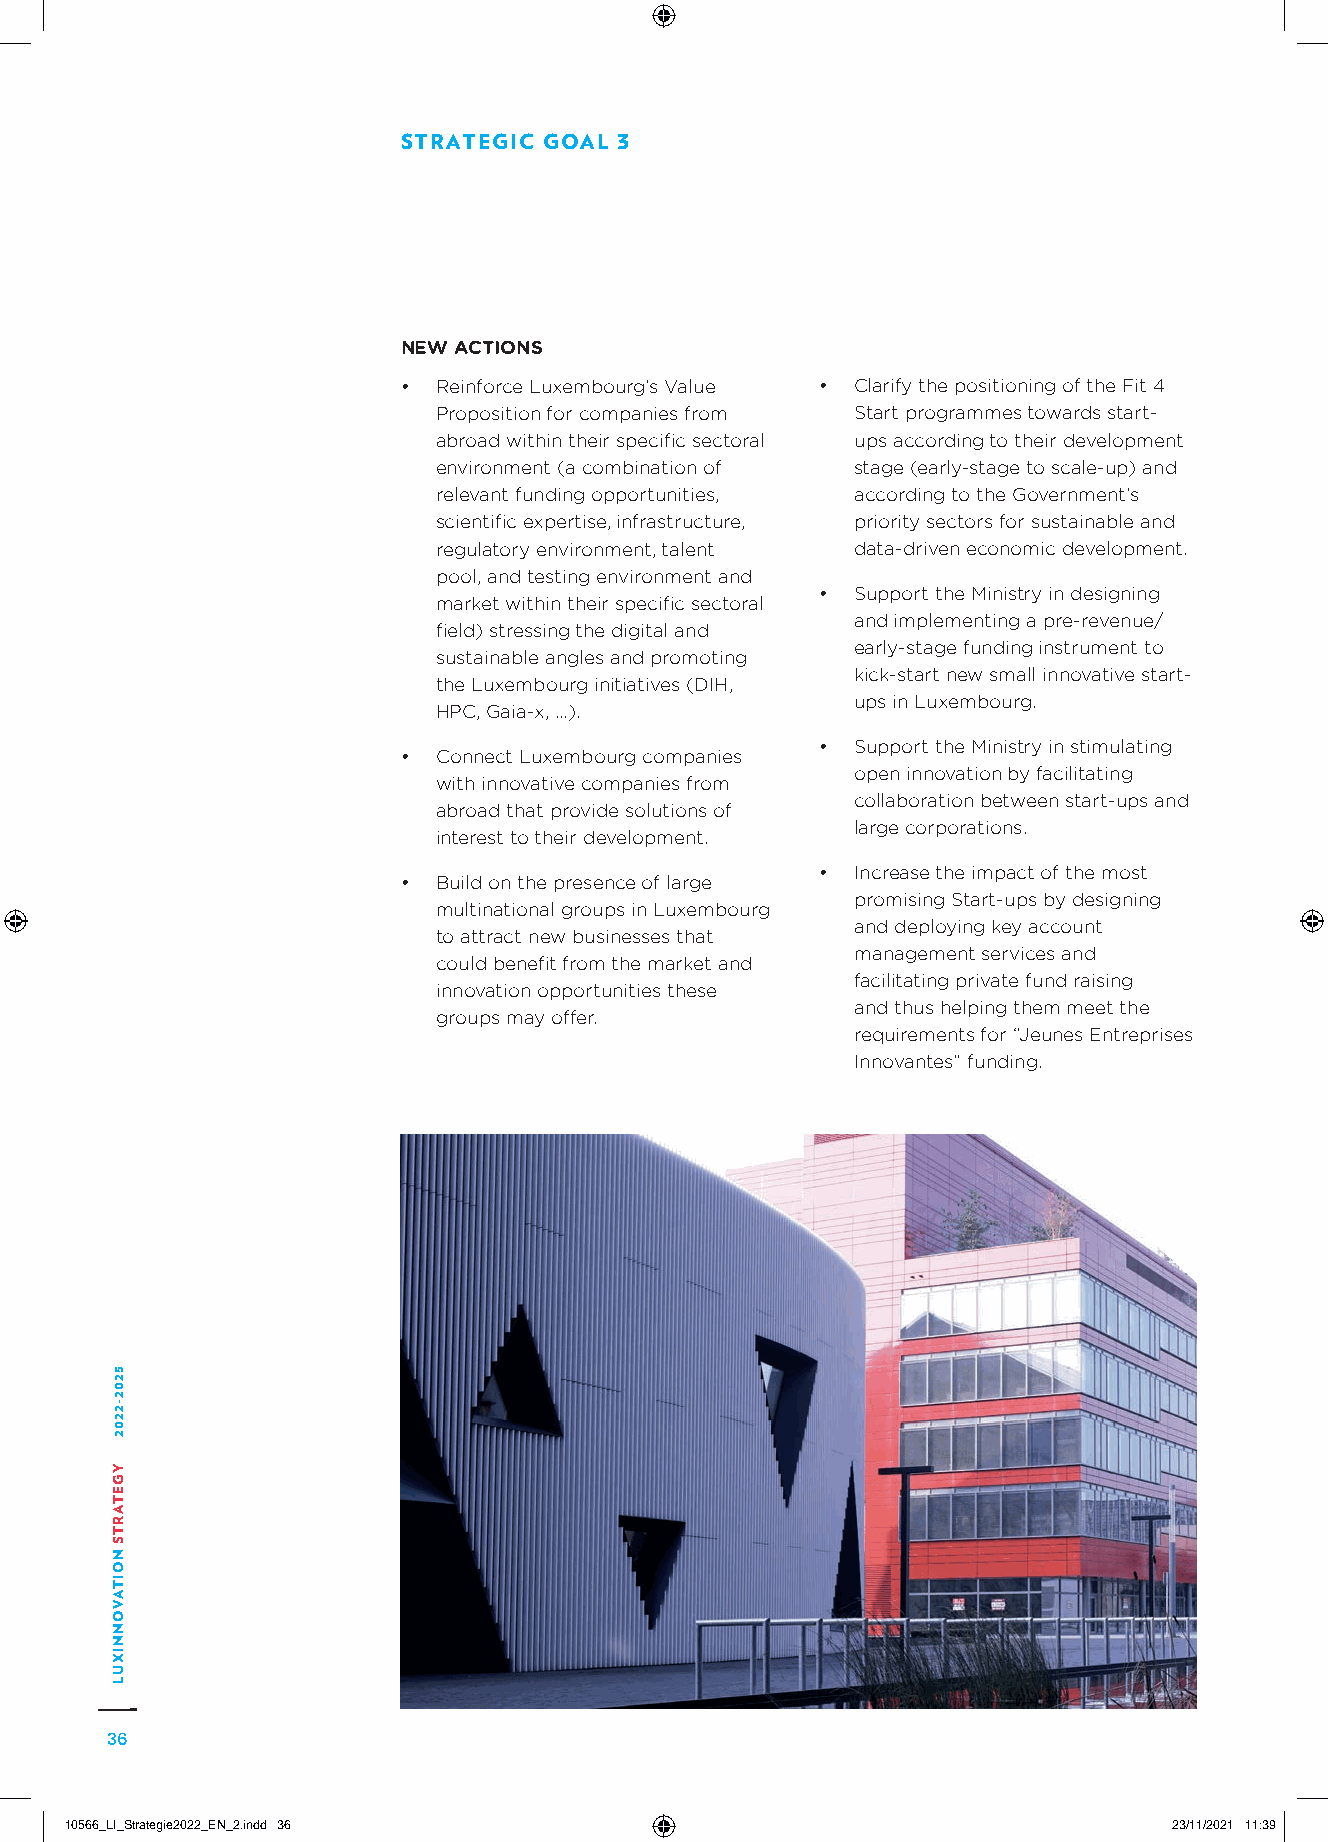
STRATEGIC GOAL 3
 NEW ACTIONS
 • Reinforce Luxembourg’s Value • Clarify the positioning of the Fit 4
 Proposition for companies from Start programmes towards start-
 abroad within their specific sectoral ups according to their development
 environment (a combination of stage (early-stage to scale-up) and
 relevant funding opportunities, according to the Government’s
 scientific expertise, infrastructure, priority sectors for sustainable and
 regulatory environment, talent data-driven economic development.
 pool, and testing environment and
 •  Support the Ministry in designing
 market within their specific sectoral
 and implementing a pre-revenue/
 field) stressing the digital and
 early-stage funding instrument to
 sustainable angles and promoting
 kick-start new small innovative start-
 the Luxembourg initiatives (DIH,
 ups in Luxembourg.
 HPC, Gaia-x, …).
 •  Support the Ministry in stimulating
 • Connect Luxembourg companies
 open innovation by facilitating
 with innovative companies from
 collaboration between start-ups and
 abroad that provide solutions of
 large corporations.
 interest to their development.
 •  Increase the impact of the most
 • Build on the presence of large
 promising Start-ups by designing
 multinational groups in Luxembourg
 and deploying key account
 to attract new businesses that
 management services and
 could benefit from the market and
 facilitating private fund raising
 innovation opportunities these
 and thus helping them meet the
 groups may offer.
 requirements for “Jeunes Entreprises
 Innovantes” funding.
 36
 1100556666__LLII__SSttrraatteeggiiee22002222__EENN__22..iinndddd 3366     2233//1111//22002211 1111::3399
 5202-2202
 YGETARTS
 NOITAVONNIXUL